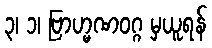
၃၊ ၁၊ ဗြာဟ္မဏဝဂ္ဂ မှယူရန်